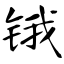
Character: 锇